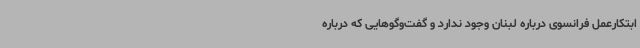
ابتکارعمل فرانسوی درباره لبنان وجود ندارد و گفت‌وگوهایی که درباره